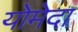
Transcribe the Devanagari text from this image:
योमेदा